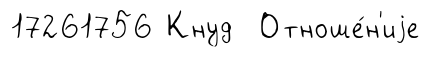
17261756 Кнуд Отноше́н'иjе